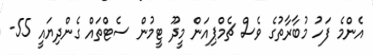
އެންމެ ފަހު މުބާރާތުގެ ވެސް ޗެމްޕިއަން މީދޫ ޓީމުން ސެޓްތައް ގެންދިޔައީ 55-